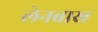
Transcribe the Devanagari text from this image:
लेनबाख